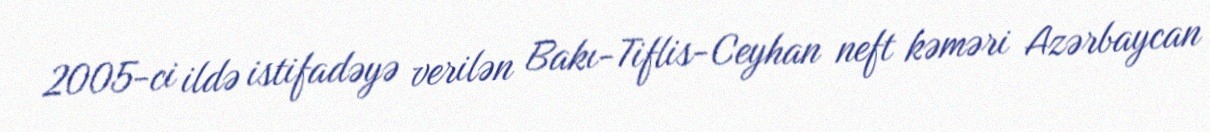
2005-ci ildə istifadəyə verilən Bakı-Tiflis-Ceyhan neft kəməri Azərbaycan